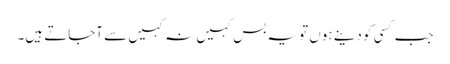
جب کسی کو دینے ہوں تو یہ بس کہیں نہ کہیں سے آجاتے ہیں۔